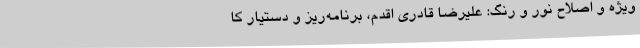
ویژه و اصلاح نور و رنگ: علیرضا قادری اقدم، برنامه‌ریز و دستیار کا